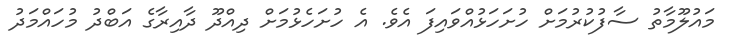
މައުލޫމާތު ސާފުކުރުމަށް ހުށަހަޅުއްވައިފަ އެވެ. އެ ހުށަހެޅުމަށް ދިއްދޫ ދާއިރާގެ އަބްދު މުހައްމަދު